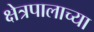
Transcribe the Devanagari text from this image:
क्षेत्रपालाच्या